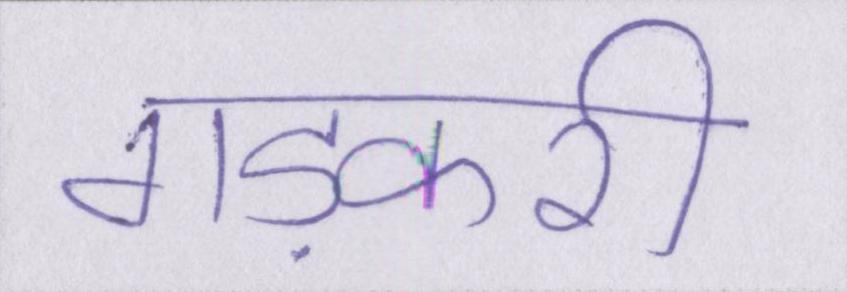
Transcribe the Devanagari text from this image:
गड़करी